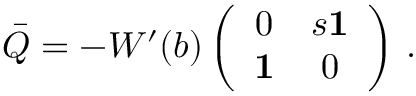
\bar { Q } = - W ^ { \prime } ( b ) \left( \begin{array} { c c } { { 0 } } & { { s { \bf 1 } } } \\ { { { \bf 1 } } } & { { 0 } } \end{array} \right) \, .